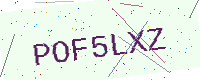
Text: POF5LXZ